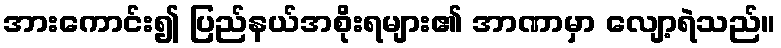
အားကောင်း၍ ပြည်နယ်အစိုးရများ၏ အာဏာမှာ လျော့ရဲသည်။